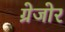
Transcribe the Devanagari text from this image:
ग्रेजोर